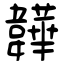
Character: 韡